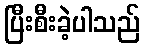
ပြီးစီးခဲ့ပါသည်